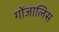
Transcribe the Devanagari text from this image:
गोंजालिस